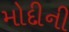
મોદીની